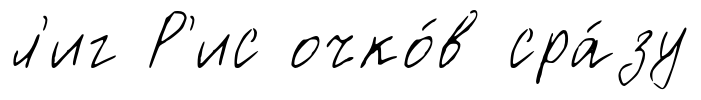
л'иг Р'ис очко́в сра́зу